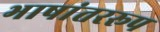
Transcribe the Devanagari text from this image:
भाषांतररूप